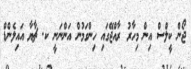
ޖޯން ކީލްސް އިން މިހާރު ރާއްޖޭގައި ހިންގަމުން އަންނަނީ ކ. ޗާޔާ އައިލެންޑް